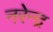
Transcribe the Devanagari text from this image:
नरेेन्द्र